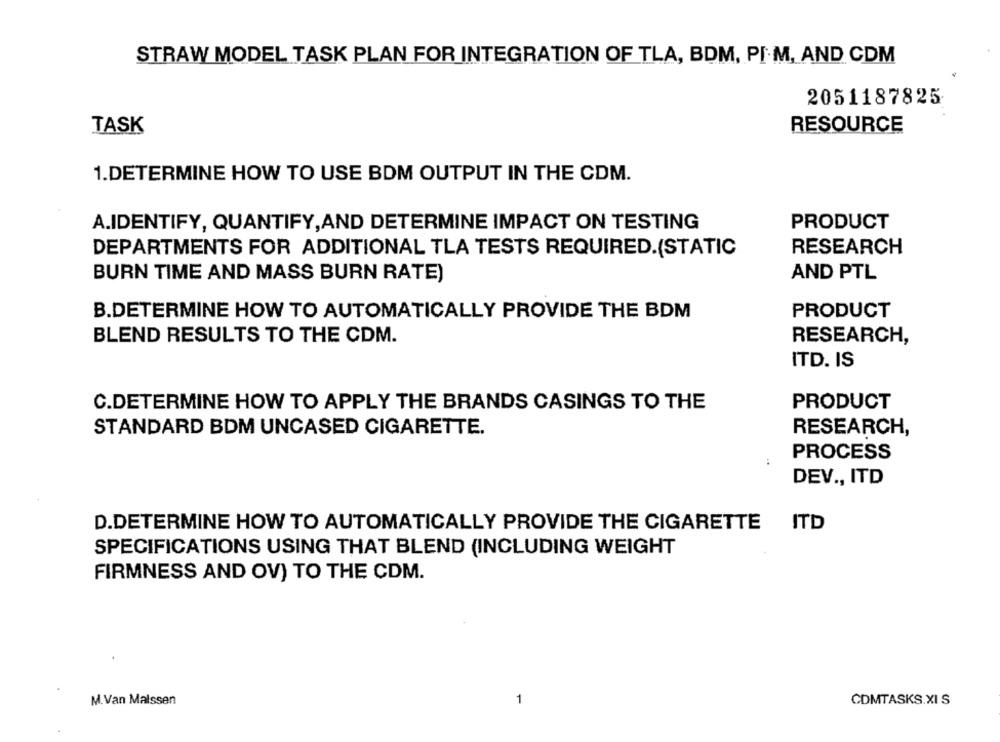
STRAW MODEL TASK PLAN FOR INTEGRATION OF TLA, BDM, PI M, AND CDM
2051187825
TASK
RESOURCE
1.DETERMINE HOW TO USE BDM OUTPUT IN THE CDM.
A.IDENTIFY, QUANTIFY,AND DETERMINE IMPACT ON TESTING
PRODUCT
DEPARTMENTS FOR ADDITIONAL TLA TESTS REQUIRED.(STATIC
RESEARCH
BURN TIME AND MASS BURN RATE)
AND PTL
B.DETERMINE HOW TO AUTOMATICALLY PROVIDE THE BDM
PRODUCT
BLEND RESULTS TO THE CDM.
RESEARCH,
ITD. IS
C.DETERMINE HOW TO APPLY THE BRANDS CASINGS TO THE
PRODUCT
STANDARD BDM UNCASED CIGARETTE.
RESEARCH,
PROCESS
DEV ., ITD
D.DETERMINE HOW TO AUTOMATICALLY PROVIDE THE CIGARETTE
ITD
SPECIFICATIONS USING THAT BLEND (INCLUDING WEIGHT
FIRMNESS AND OV) TO THE CDM.
M.Van Malssen
-
CDMTASKS.XI S